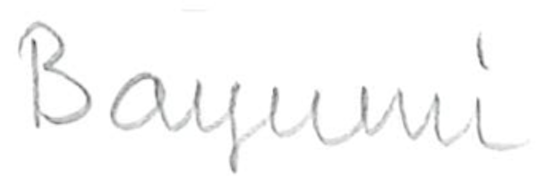
Text: Bayumi
Cross-out: clean
Writing tool: pencil